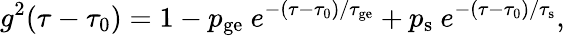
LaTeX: g^{2}(\tau-\tau_{0})=1-p_{\textrm{ge}}\ e^{-(\tau-\tau_{0})/\tau_{\textrm{ge}}}+p_{\textrm{s}}\ e^{-(\tau-\tau_{0})/\tau_{\textrm{s}}},